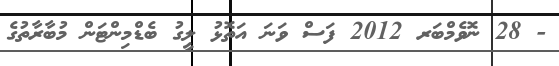
- 28 ނޮވެމްބަރ 2012 ފަސް ވަނަ އަތޮޅު ލީގު ބެޑްމިންޓަން މުބާރާތުގެ